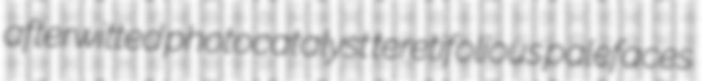
afterwitted photocatalyst teretifolious palefaces